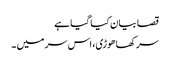
قصا بیان کیا گیا ہے
سر کھاھوڑی، اس سر میں ۔